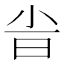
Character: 𣅱